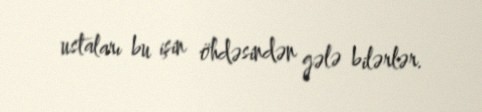
ustaları bu işin öhdəsindən gələ bilərlər.